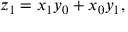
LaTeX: z _ { 1 } = x _ { 1 } y _ { 0 } + x _ { 0 } y _ { 1 } ,